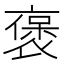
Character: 褒